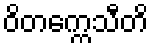
ဝိတက္ကေသီတိ